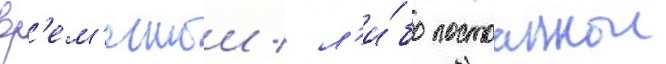
вр'ем'еннои / л'и́бо постоаннои